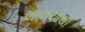
લાલચોથી